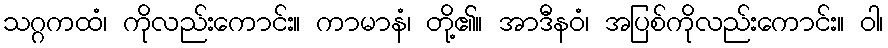
သဂ္ဂကထံ၊ ကိုလည်းကောင်း။ ကာမာနံ၊ တို့၏။ အာဒီနဝံ၊ အပြစ်ကိုလည်းကောင်း။ ဝါ၊